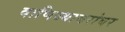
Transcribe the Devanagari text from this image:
वाणिज्याबरोबर